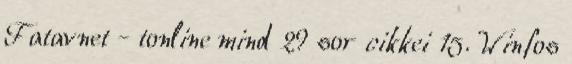
Fatavnet - tonline mind 29 sor cikkei 15. Winfos